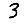
Digit: 3